Problem: 6 × 9 = ?
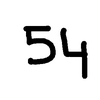
Handwritten answer: 54